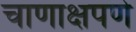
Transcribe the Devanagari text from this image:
चाणाक्षपणे